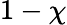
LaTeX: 1-\chi